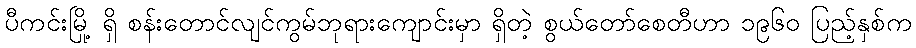
ပီကင်းမြို့ ရှိ စန်းတောင်လျင်ကွမ်ဘုရားကျောင်းမှာ ရှိတဲ့ စွယ်တော်စေတီဟာ ၁၉၆၀ ပြည့်နှစ်က